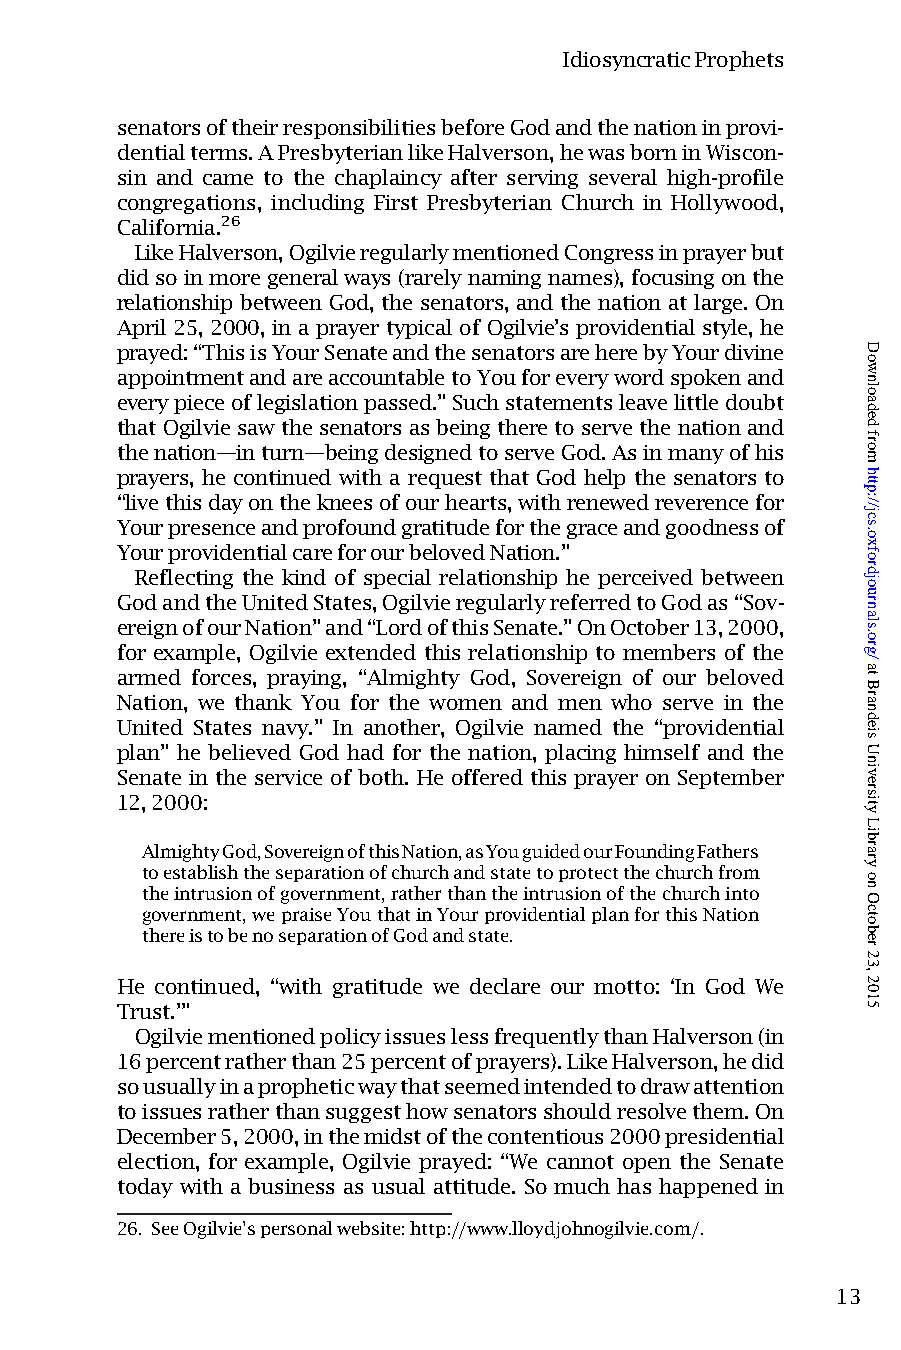
IdiosyncraticProphets
 senatorsoftheirresponsibilitiesbeforeGodandthenationinprovi-
 dentialterms.APresbyterianlikeHalverson,hewasborninWiscon-
 sin and came to the chaplaincy after serving several high-profile
 congregations, including First Presbyterian Church in Hollywood,
 California.26
 LikeHalverson,OgilvieregularlymentionedCongressinprayerbut
 didsoin more generalways(rarely namingnames), focusingonthe
 relationship between God, the senators, and the nation at large. On
 April 25, 2000, in a prayer typical of Ogilvie’s providential style, he
 prayed:“ThisisYourSenateandthesenatorsareherebyYourdivine
 appointmentandareaccountabletoYouforeverywordspokenand
 everypieceoflegislationpassed.”Suchstatementsleavelittledoubt
 that Ogilvie saw the senators as being there to serve the nation and
 thenation—inturn—beingdesignedtoserveGod.Asinmanyofhis
 prayers, he continued with a request that God help the senators to
 “livethisdayonthekneesofourhearts,withrenewedreverencefor
 Yourpresenceandprofoundgratitudeforthegraceandgoodnessof
 YourprovidentialcareforourbelovedNation.”
 Reflecting the kind of special relationship he perceived between
 GodandtheUnitedStates,OgilvieregularlyreferredtoGodas“Sov-
 ereignofourNation”and“LordofthisSenate.”OnOctober13,2000,
 for example, Ogilvie extended this relationship to members of the
 armed forces, praying, “Almighty God, Sovereign of our beloved
 Nation, we thank You for the women and men who serve in the
 United States navy.” In another, Ogilvie named the “providential
 plan” he believed God had for the nation, placing himself and the
 Senate in the service of both. He offered this prayer on September
 12,2000:
 AlmightyGod,SovereignofthisNation,asYouguidedourFoundingFathers
 toestablishtheseparationofchurchandstatetoprotectthechurchfrom
 theintrusionofgovernment,ratherthantheintrusionofthechurchinto
 government,wepraiseYouthatinYourprovidentialplanforthisNation
 thereistobenoseparationofGodandstate.
 He continued, “with gratitude we declare our motto: ‘In God We
 Trust.’”
 OgilviementionedpolicyissueslessfrequentlythanHalverson(in
 16percentratherthan25percentofprayers).LikeHalverson,hedid
 sousuallyinapropheticwaythatseemedintendedtodrawattention
 toissuesratherthansuggesthowsenatorsshouldresolvethem.On
 December5,2000,inthemidstofthecontentious2000presidential
 election, for example, Ogilvie prayed: “We cannot open the Senate
 today with a business as usual attitude. So much has happened in
 26. SeeOgilvie’spersonalwebsite:http://www.lloydjohnogilvie.com/.
 13
 Downloaded
 from
 http://jcs.oxfordjournals.org/
 at
 Brandeis
 University
 Library
 on
 October
 23,
 2015